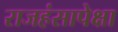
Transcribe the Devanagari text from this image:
राजहंसापेक्षा